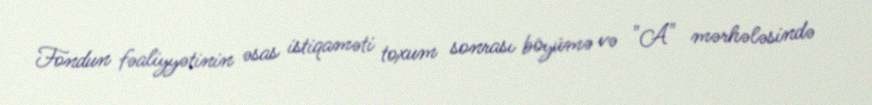
Fondun fəaliyyətinin əsas istiqaməti toxum sonrası böyümə və "A" mərhələsində